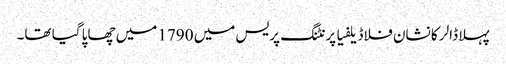
پہلا ڈالر کا نشان فلاڈیلفیا پرنٹنگ پریس میں 1790 میں چھاپا گیا تھا۔